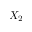
X _ { 2 }